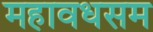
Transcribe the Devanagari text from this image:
महावधसम